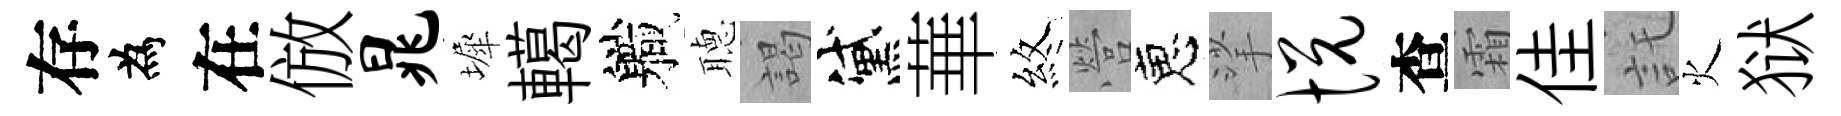
存為在倣晁墀轕軄𦗟謁黛華煞營恵挲悦查霜佳託火狱